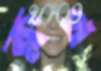
ক্লথ